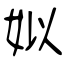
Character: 姒